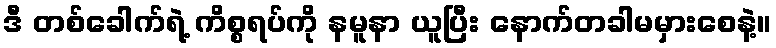
ဒီ တစ်ခေါက်ရဲ့ ကိစ္စရပ်ကို နမူနာ ယူပြီး နောက်တခါမမှားစေနဲ့။